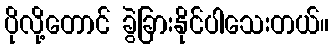
ပိုလို့တောင် ခွဲခြားနိုင်ပါသေးတယ်။